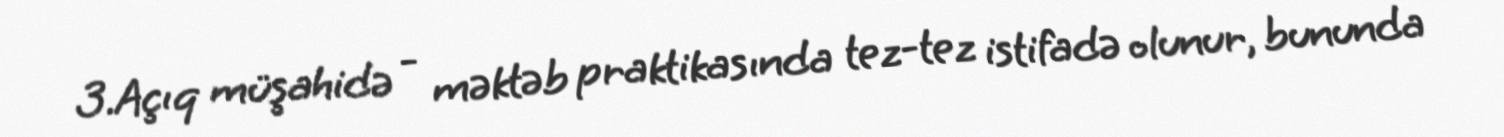
3.Açıq müşahidə - məktəb praktikasında tez-tez istifadə olunur, bununda